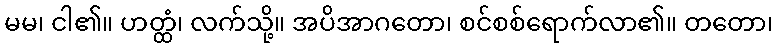
မမ၊ ငါ၏။ ဟတ္ထံ၊ လက်သို့။ အပိအာဂတော၊ စင်စစ်ရောက်လာ၏။ တတော၊